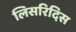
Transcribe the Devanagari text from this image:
लिसरिदिस